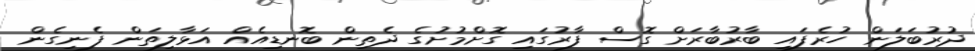
ދުރުބަލަން ހުރެފައި ބާރުބާރަށް ގޮސް ފާރުގައި ގޮށްމުށުގެ ދެތިން ބޮނޑިއެއް އަޅާލިތަން ފެނިގެން